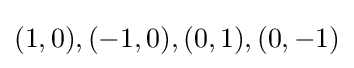
(1,0),(-1,0),(0,1),(0,-1)